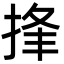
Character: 捀